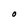
Character: O